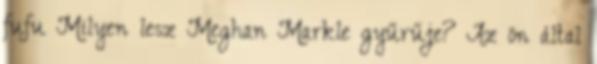
fufu Milyen lesz Meghan Markle gyűrűje? Az ön által